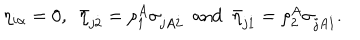
\eta _ { i \alpha } = 0 , ~ ~ \bar { \eta } _ { j \dot { 2 } } = \rho _ { 1 } ^ { A } \sigma _ { j A \dot { 2 } } ~ ~ \mathrm { a n d } ~ ~ \bar { \eta } _ { j \dot { 1 } } = \rho _ { 2 } ^ { A } \sigma _ { j A \dot { 1 } } .